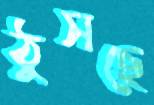
ঠুসছে